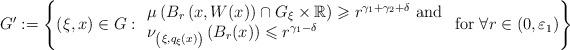
LaTeX: \begin{align*}G ' := \left\{ ( \xi , x ) \in G : \begin{array}{l}\mu \left( B _r \left( x, W(x) \right) \cap G _\xi \times \mathbb{R} \right)\geqslant r ^{\gamma _1 + \gamma _2 + \delta} \mbox{ and} \\ \nu _{\left( \xi, q _\xi (x) \right)} \left( B _r (x) \right) \leqslant r ^{ \gamma _1 - \delta } \end{array}\mbox{ for } \forall r \in ( 0 , \varepsilon _1 ) \right\}\end{align*}